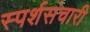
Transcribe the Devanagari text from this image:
स्पर्शसंचारी